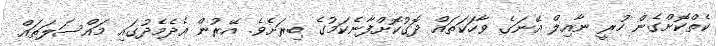
ކެތްކޮށްގެން ހުރީ ނާއިލް އޭނަގެ ވާހަކަތައް ދޮގުކޮށްފާނެކަމުގެ ބިރަށެވެ. އޭރުން އެދެމެދުގައި މައްސަލަތައް